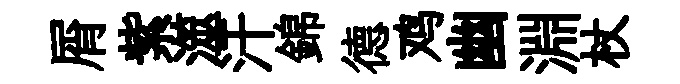
屑紫澨汗錦德鸡幽淵杖